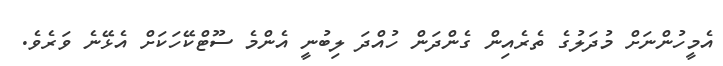
އެމީހުންނަށް މުދަލުގެ ތެރެއިން ގެންދަން ހުއްދަ ލިބުނީ އެންމެ ސޫޓްކޭހަކަށް އެޅޭނެ ވަރެވެ.